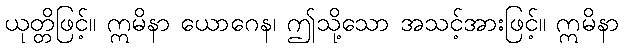
ယုတ္တိဖြင့်။ ဣမိနာ ယောဂေန၊ ဤသို့သော အသင့်အားဖြင့်။ ဣမိနာ